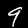
Digit: 9